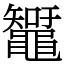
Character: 䵹